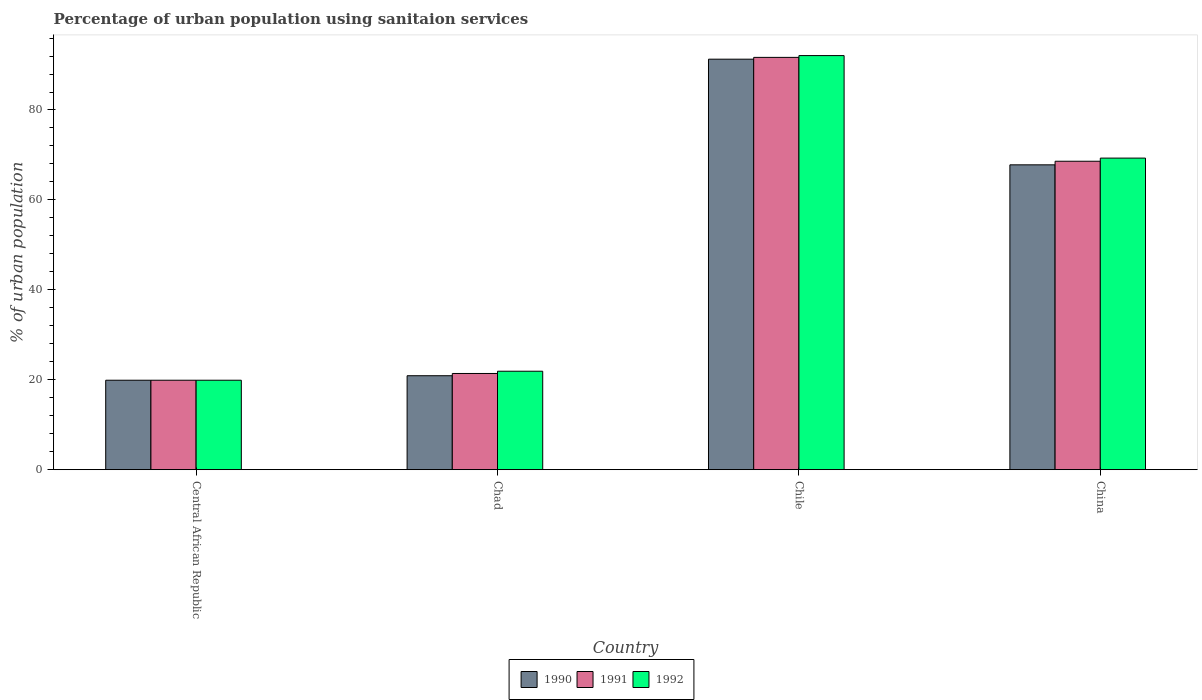
| Country | 1990 | 1991 | 1992 |
 | --- | --- | --- | --- |
 | Central African Republic | 19.9 | 19.9 | 19.9 |
 | Chad | 20.9 | 21.4 | 21.9 |
 | Chile | 91.3 | 91.7 | 92.1 |
 | China | 67.8 | 68.6 | 69.3 |